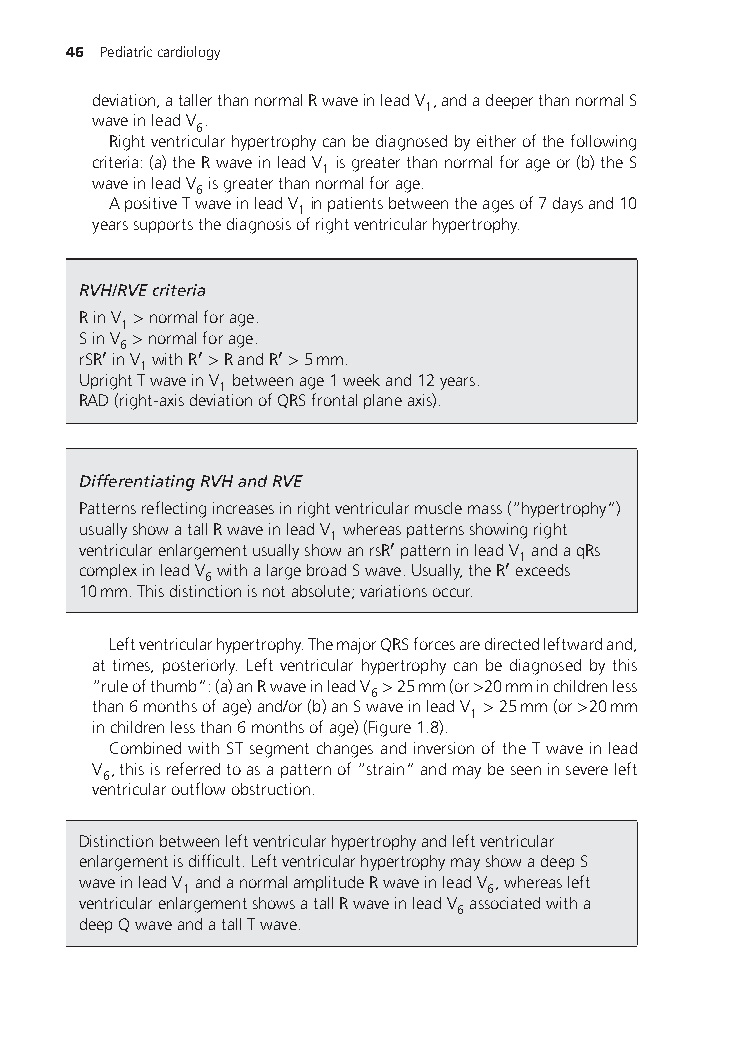
46 Pediatriccardiology
 deviation,atallerthannormalRwaveinleadV ,andadeeperthannormalS
 1
 waveinleadV .
 6
 Rightventricularhypertrophycanbediagnosedbyeitherofthefollowing
 criteria:(a)theRwaveinleadV isgreaterthannormalforageor(b)theS
 1
 waveinleadV isgreaterthannormalforage.
 6
 ApositiveTwaveinleadV inpatientsbetweentheagesof7daysand10
 1
 yearssupportsthediagnosisofrightventricularhypertrophy.
 RVH/RVEcriteria
 RinV >normalforage.
 1
 SinV >normalforage.
 6
 rSR′inV withR′>RandR′>5mm.
 1
 UprightTwaveinV betweenage1weekand12years.
 1
 RAD(right-axisdeviationofQRSfrontalplaneaxis).
 DifferentiatingRVHandRVE
 Patternsreflectingincreasesinrightventricularmusclemass(“hypertrophy”)
 usuallyshowatallRwaveinleadV whereaspatternsshowingright
 1
 ventricularenlargementusuallyshowanrsR′patterninleadV andaqRs
 1
 complexinleadV withalargebroadSwave.Usually,theR′exceeds
 6
 10mm.Thisdistinctionisnotabsolute;variationsoccur.
 Leftventricularhypertrophy.ThemajorQRSforcesaredirectedleftwardand,
 at times, posteriorly. Left ventricular hypertrophy can be diagnosed by this
 “ruleofthumb”:(a)anRwaveinleadV >25mm(or>20mminchildrenless
 6
 than6monthsofage)and/or(b)anSwaveinleadV >25mm(or>20mm
 1
 inchildrenlessthan6monthsofage)(Figure1.8).
 CombinedwithSTsegmentchangesandinversionoftheTwaveinlead
 V ,thisisreferredtoasapatternof“strain”andmaybeseeninsevereleft
 6
 ventricularoutflowobstruction.
 Distinctionbetweenleftventricularhypertrophyandleftventricular
 enlargementisdifficult.LeftventricularhypertrophymayshowadeepS
 waveinleadV andanormalamplitudeRwaveinleadV ,whereasleft
 1                   6
 ventricularenlargementshowsatallRwaveinleadV associatedwitha
 6
 deepQwaveandatallTwave.